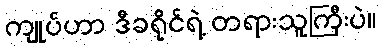
ကျုပ်ဟာ ဒီခရိုင်ရဲ့ တရားသူကြီးပဲ။